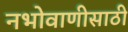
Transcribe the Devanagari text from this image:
नभोवाणीसाठी